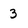
Character: 3